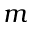
m